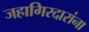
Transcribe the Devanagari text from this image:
जहागिरदारांना